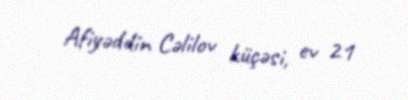
Afiyəddin Cəlilov küçəsi, ev 21